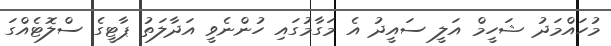
މުހައްމަދު ޝަހީމް އަލީ ސައީދު އެ މަގާމުގައި ހުންނެވީ އަދާލަތު ޕާޓީގެ ސްލޮޓެއްގަ